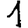
Digit: 1